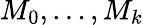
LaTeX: M_{0},\dots,M_{k}